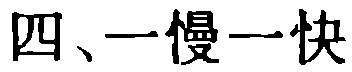
四、一慢一快